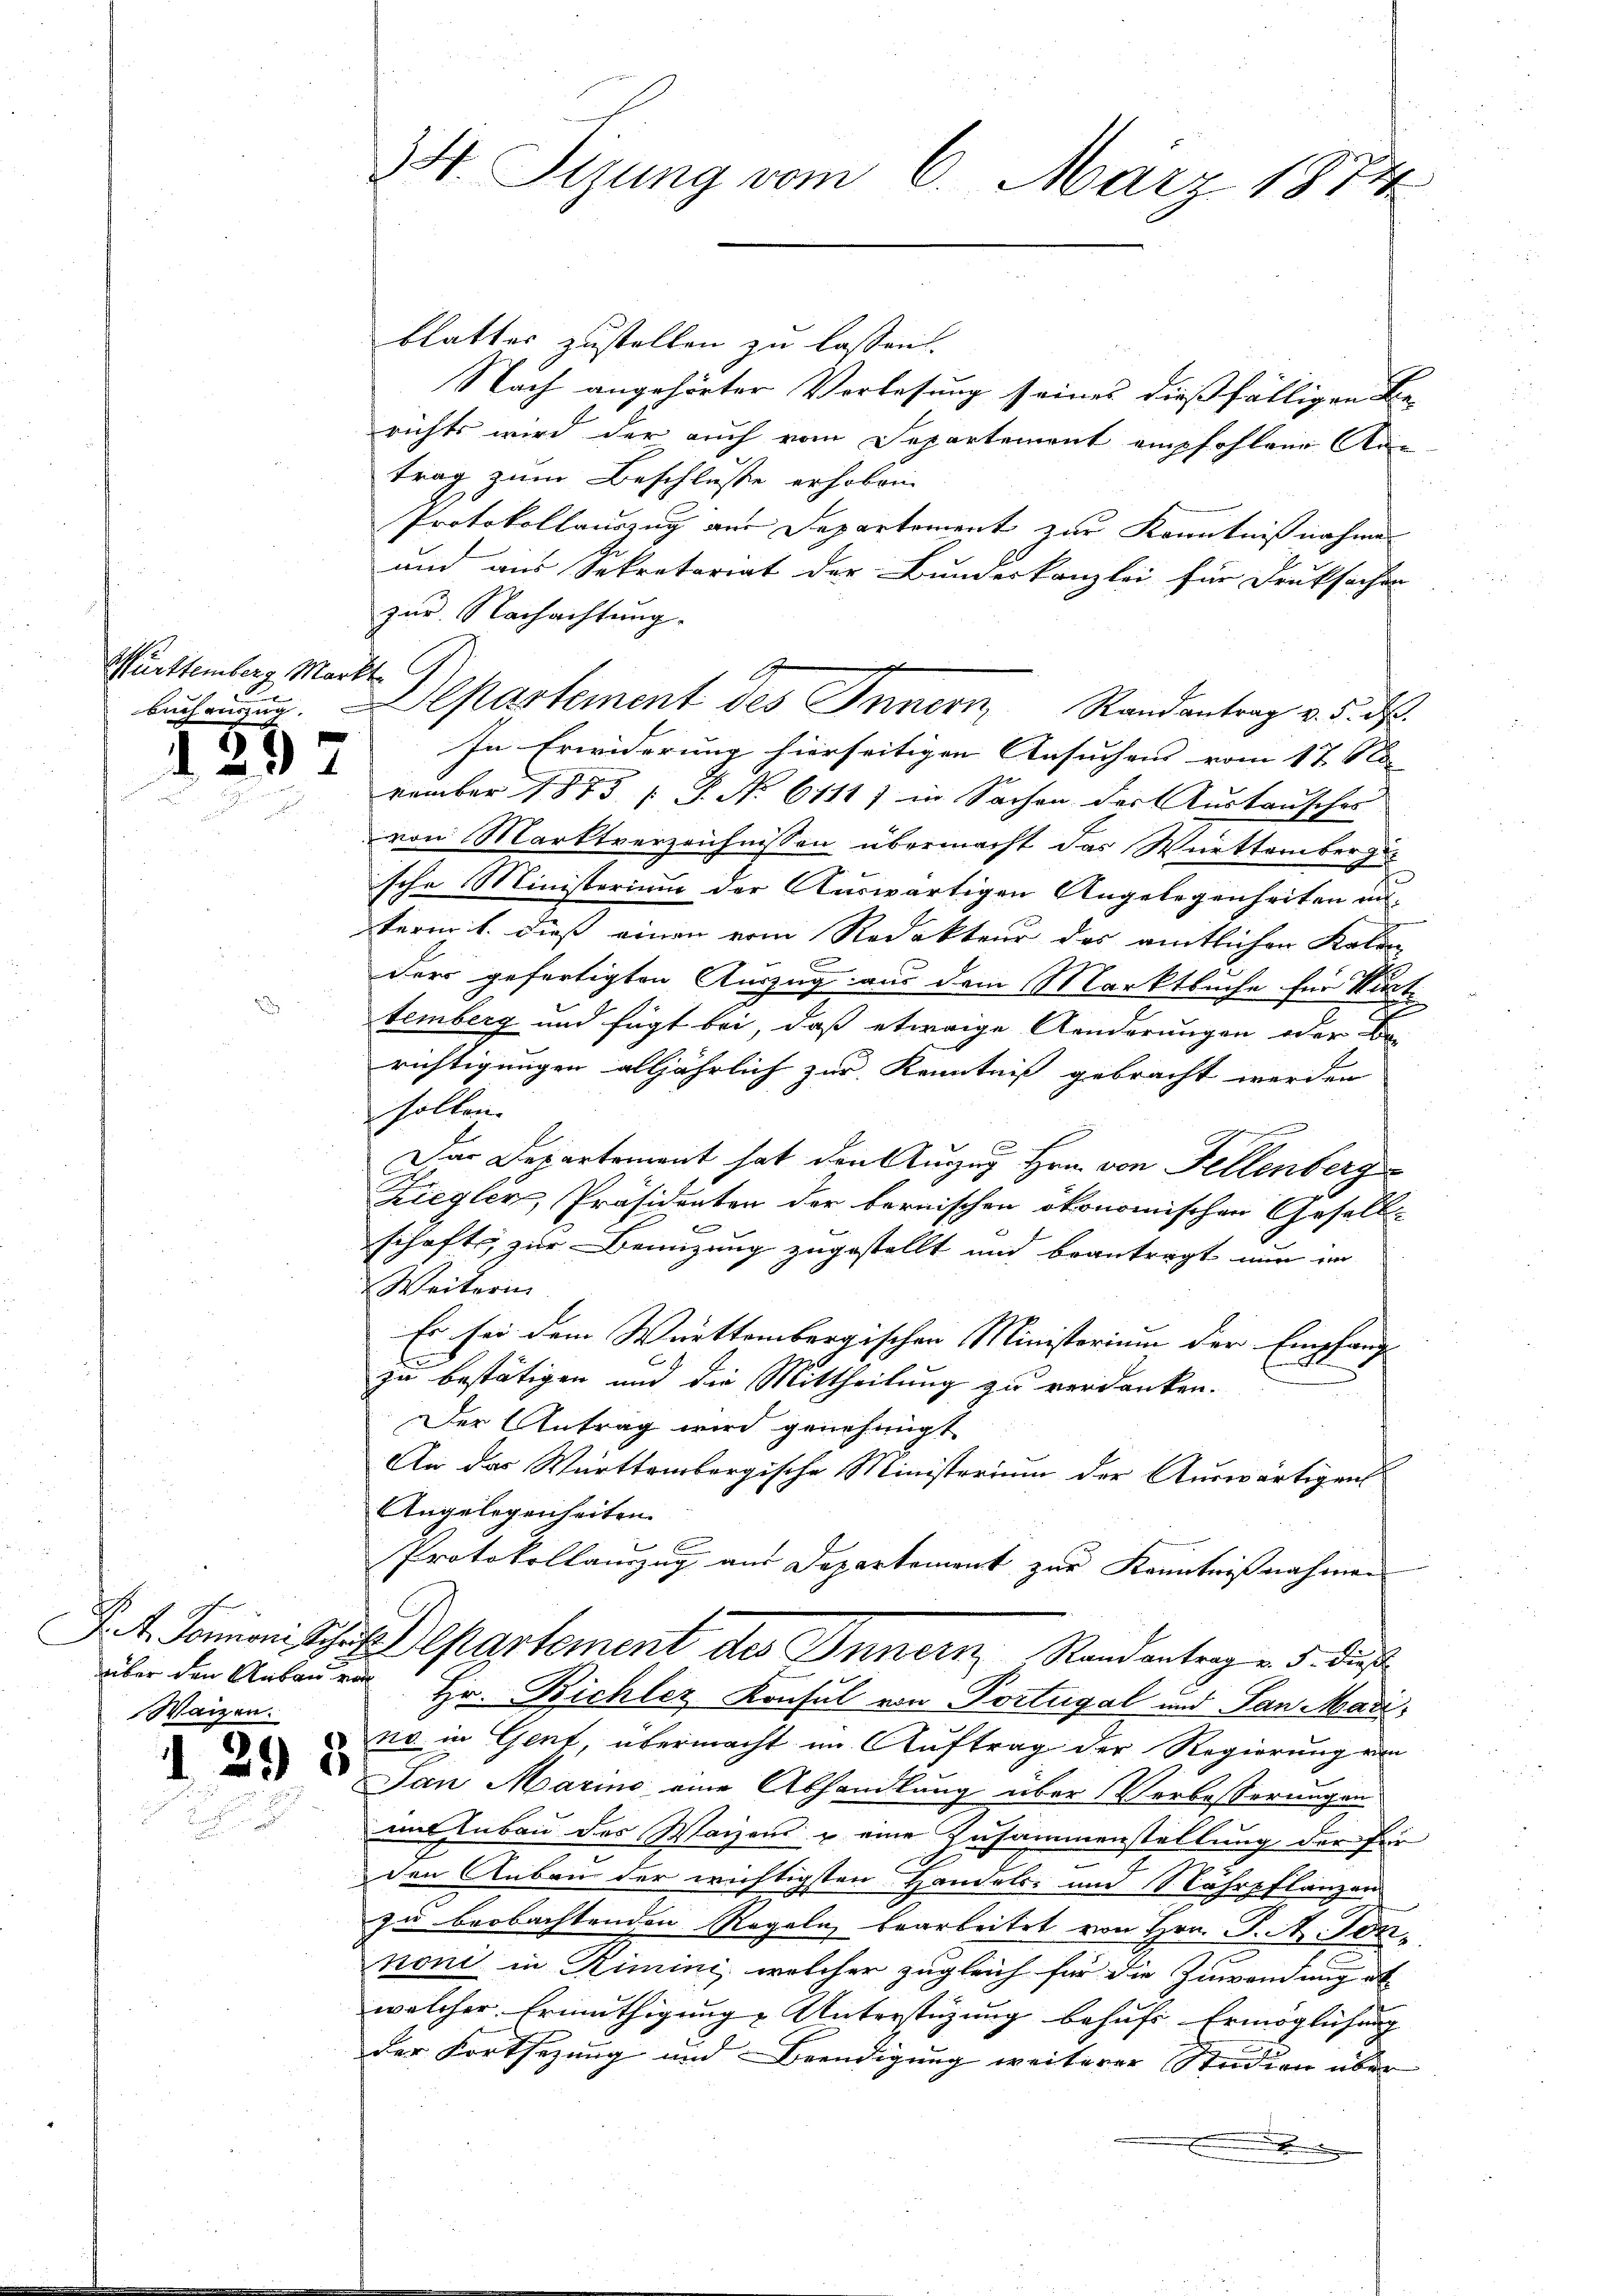
Württemberg Markt.

d 297

Waizen.

208

34. Sizung vom 6. März 1874

blatter zustellen zu lassen
Nach angehörter Vorlesung seines dießfälligen Be
richts wird der auch vom Separtement empfohlene An-
trag zum Beschlusse erhoben.
Protokollauszug aus Departement zur Kenntnißnahme
und aus Sekretariat der Bundeskanzlei für Druksachen
zur Nachachtung.
bücherung. Departement des Innern, Randantrag v. 5. ds.
In Erwiderung hierseitigen Ansuchens vom 17. No
vember 1875 P. No 6111) in Sachen der Austausches
von Marktverzeichnissen übermacht das Württembergesche Ministerium der Auswärtigen Angelegenheiten un-
term 1. dies einen vom Redakteur des amtlichen Kalen
 x
der gefertigten Auszug aus dem Marktbuche für Kurtc
temberg und fügt bei, daß etwaige Aenderungen oder Be-
richtigungen alljährlich zur Kenntniß gebracht werden
sollen.
Dar Departement hat den Auszug Hrn. von Fellenberg
.
Ziegler, Präsidenten der bernischen ökonomischen Gesell-
schaft zur Benuzung zugestellt und beantragt nun im
Weiterin |
Es sei dem Warttembergischen Ministorium der Empfang
zu bestätigen und die Mittheilung zu verdanken.
Der Antrag wird genehmigt
An das Württembergische Ministerium der Auswärtigens
Angelegenheiten.
Protokollauszug aus Departement zur Kenntnißnahmen
J. 4. Jaron Schaft Departement des Innern Randantrag v. 5. dieß
über den Anbaurer Hr. Bichler Konsul von Portugal und San Madino in Genf, übermacht im Auftrag der Regierung von
Jan Marino eine Abhandlung über Verbosserungen
nat Inbau des Waizen u eine Zusammenstellung der für
I
den Anbei der wichtigsten Handels- und Nährpflanzen
zu beobachtenden Regeln bearbeitet von Hrn. J. M. Ton,
noni in Rimini, welcher zugleich für die Zuwendung de
welcher Ermüthigung Unterstüzung behufs Ermöglichung |
der Fortsezung und Beendigung weiterer Steidien über
.